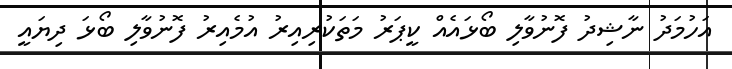
އަހުމަދު ނާޝިދު ފޮނުވާލި ބޯޅައެއް ކީޕަރު މަތަކުރިއިރު އުމެއިރު ފޮނުވާލި ބޯޅަ ދިޔައީ